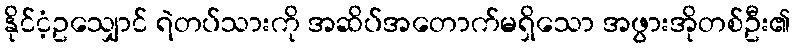
နိုင်ငံ့ဥသျှောင် ရဲတပ်သားကို အဆိပ်အတောက်မရှိသော အဖွားအိုတစ်ဦး၏